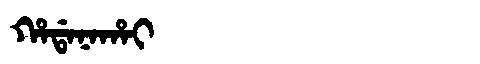
Manchu: ᡥᠠᡩᠠᠨᠠᡥᠠᡳ
Romanization: HADANAHAI